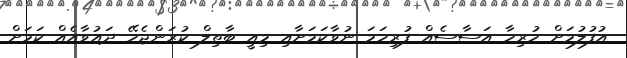
އުފުލުމަށް ހުރިހާ އަސާސެއް ފުރިހަމަ ނުވާކަމަށާއި މިއީ ބާތިލް ކުރަންޖެހޭ ދައުވާއެއް ކަމަށް